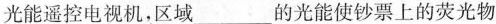
光能遥控电视机，区域___的光能使钞票上的荧光物